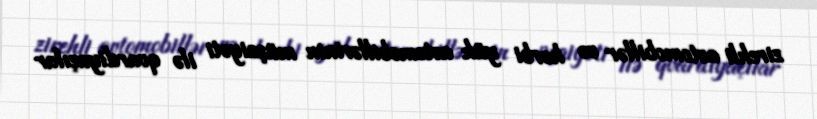
zirehli avtomobillər və hərbi yük avtomobillərinin müşaiyəti ilə qvardiyaçılar